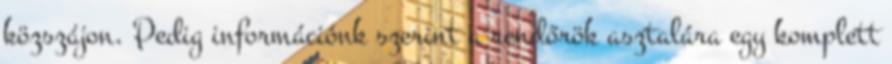
közszájon. Pedig információnk szerint a rendőrök asztalára egy komplett